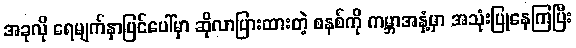
အခုလို ရေမျက်နှာပြင်ပေါ်မှာ ဆိုလာပြားထားတဲ့ စနစ်ကို ကမ္ဘာအနှံ့မှာ အသုံးပြုနေကြပြီး